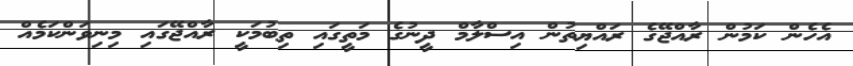
އެހެން ކަމުން ރާއްޖޭގެ ރައްޔިތުން އިސްލާމް ދީނުގެ މަތީގައި ތިބުމަކީ ރާއްޖޭގައި މިނިވަންކަމެއް